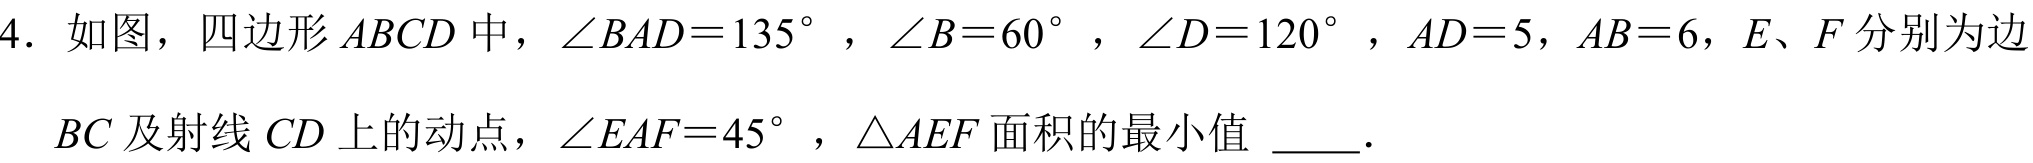
4. 如图，四边形 \(ABCD\) 中，\(\angle BAD = 135^{\circ}\)，\(\angle B = 60^{\circ}\)，\(\angle D = 120^{\circ}\)，\(AD = 5\)，\(AB = 6\)，\(E\)、\(F\) 分别为边
\(BC\) 及射线 \(CD\) 上的动点，\(\angle EAF = 45^{\circ}\)，\(\triangle AEF\) 面积的最小值 \(\underline{\quad\quad}\).